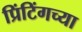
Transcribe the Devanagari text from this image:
प्रिंटिंगच्या